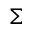
\Sigma